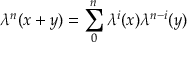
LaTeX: \lambda ^ { n } ( x + y ) = \sum _ { 0 } ^ { n } \lambda ^ { i } ( x ) \lambda ^ { n - i } ( y )